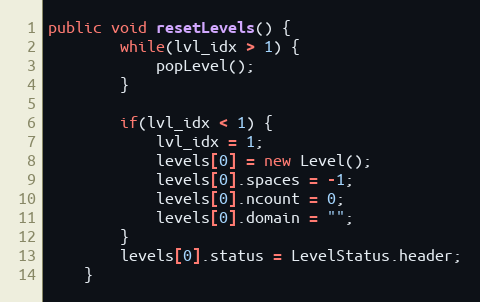
Language: Java
public void resetLevels() {
        while(lvl_idx > 1) {
            popLevel();
        }

        if(lvl_idx < 1) {
            lvl_idx = 1;
            levels[0] = new Level();
            levels[0].spaces = -1;
            levels[0].ncount = 0;
            levels[0].domain = "";
        }
        levels[0].status = LevelStatus.header;
    }